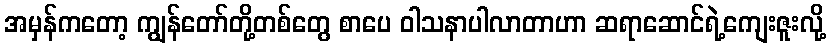
အမှန်ကတော့ ကျွန်တော်တို့တစ်တွေ စာပေ ဝါသနာပါလာတာဟာ ဆရာဆောင်ရဲ့ကျေးဇူးလို့